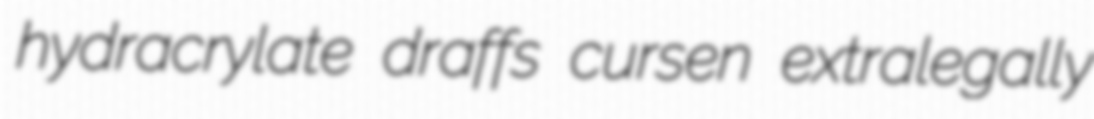
hydracrylate draffs cursen extralegally